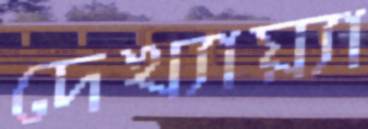
দেখ্যায়্যা